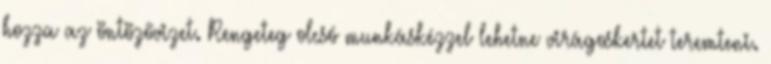
hozza az öntözővizet. Rengeteg olcsó munkáskézzel lehetne virágoskertet teremteni.